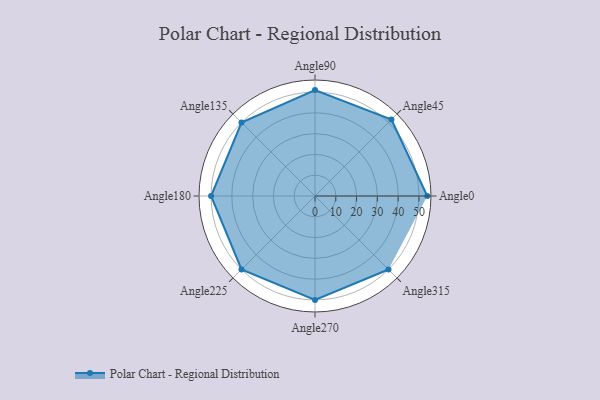
{"axis": {"x": "Angle", "y": "Radius"}, "legend": [""], "data": [{"x": "Angle0", "y": 54.0, "type": ""}, {"x": "Angle45", "y": 52.0, "type": ""}, {"x": "Angle90", "y": 51.0, "type": ""}, {"x": "Angle135", "y": 50.0, "type": ""}, {"x": "Angle180", "y": 50, "type": ""}, {"x": "Angle225", "y": 50, "type": ""}, {"x": "Angle270", "y": 50, "type": ""}, {"x": "Angle315", "y": 50, "type": ""}]}